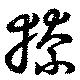
獠